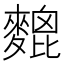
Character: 𪍜